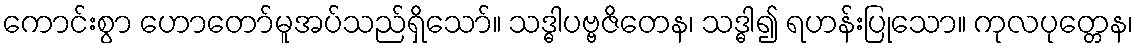
ကောင်းစွာ ဟောတော်မူအပ်သည်ရှိသော်။ သဒ္ဓါပဗ္ဗဇိတေန၊ သဒ္ဓါ၍ ရဟန်းပြုသော။ ကုလပုတ္တေန၊